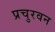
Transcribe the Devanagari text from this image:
प्रचुरवन